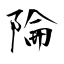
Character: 陯